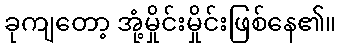
ခုကျတော့ အုံ့မှိုင်းမှိုင်းဖြစ်နေ၏။